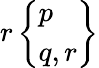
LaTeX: r\left\{ {\begin{array}{l}{p}\\ {q,r}\end{array}}\right\}